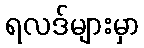
ရလဒ်များမှာ